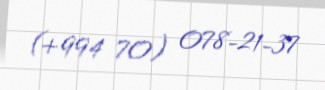
(+994 70) 078-21-37